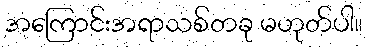
အကြောင်းအရာသစ်တခု မဟုတ်ပါ။